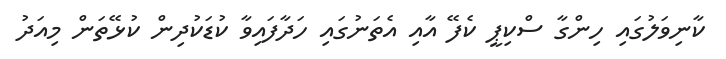
ކާނިވަލުގައި ހިންގާ ސްކިޕީ ކެފޭ އާއި އެތަނުގައި ހަދާފައިވާ ކުޑަކުދިން ކުޅޭތަން މިއަދު